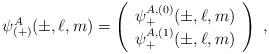
LaTeX: \begin{align*}\psi^A_{(+)}(\pm,\ell,m)=\left(\begin{array}{c}\psi^{A,(0)}_+(\pm,\ell,m)\\\psi^{A,(1)}_+(\pm,\ell,m)\end{array}\right)\;,\end{align*}